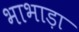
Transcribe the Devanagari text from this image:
भाभाड़ा